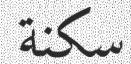
سكنة